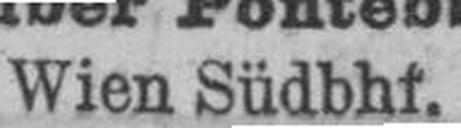
Wien Südbhf.